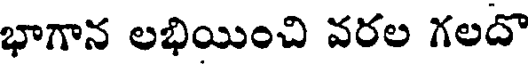
భాగాన లభియించి వరల గలదొ